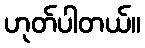
ဟုတ်ပါတယ်။